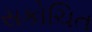
સકોચિત